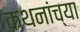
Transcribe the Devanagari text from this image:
कथनांच्या